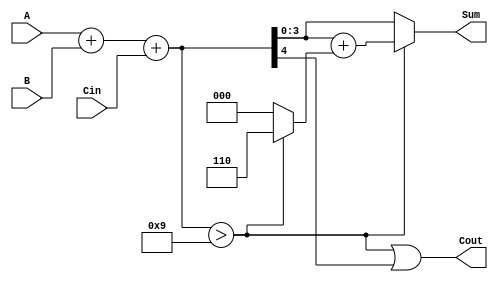
module bcd_asynchronous_adder (
    input  [3:0] A,      // First BCD digit
    input  [3:0] B,      // Second BCD digit
    input        Cin,     // Carry input
    output [3:0] Sum,     // Resulting BCD digit
    output       Cout      // Carry output
);

    wire [4:0] binary_sum; // 5 bits to accommodate carry
    wire [3:0] corrected_sum;
    wire correction_needed;

    // Step 1: Binary addition of A, B, and Cin
    assign binary_sum = A + B + Cin;

    // Step 2: Determine if correction is needed (if binary sum > 9)
    assign correction_needed = binary_sum > 9;

    // Step 3: Generate corrected sum if needed
    assign corrected_sum = binary_sum + (correction_needed ? 4'b0110 : 4'b0000);

    // Step 4: Assign outputs
    assign Sum = correction_needed ? corrected_sum[3:0] : binary_sum[3:0];
    assign Cout = correction_needed | binary_sum[4]; // Cout if correction needed or if binary sum has a carry out

endmodule